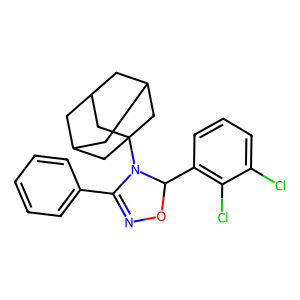
SMILES: Clc1cccc(C2ON=C(c3ccccc3)N2C23CC4CC(CC(C4)C2)C3)c1Cl
Inhibits HIV replication: No